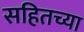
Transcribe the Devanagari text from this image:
सहितच्या